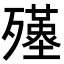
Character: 𣩲